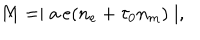
M = \mid a \, e ( n _ { e } + \tau _ { 0 } n _ { m } ) \mid ,